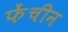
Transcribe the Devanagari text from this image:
फेंचीन